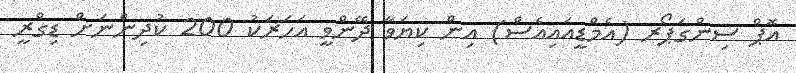
އޮޕް ސިންގަޕޯރ (އެމްޑީއައިއެސް) އިން ކިޔަވާ ދޭންވީ އަހަރަކު 200 ކުދިންނަށް ޑިގްރީ